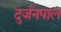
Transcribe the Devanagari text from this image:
दुर्जनपाल